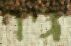
גיר